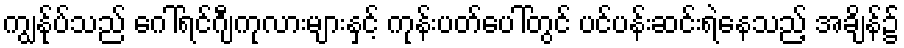
ကျွန်ုပ်သည် ဂေါ်ရင်ဂျီကုလားများနှင့် ကုန်းပတ်ပေါ်တွင် ပင်ပန်းဆင်းရဲနေသည့် အချိန်၌